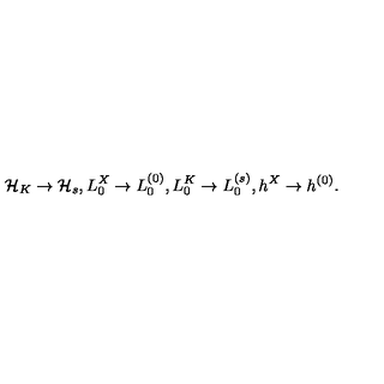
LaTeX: { \cal H } _ { K } \rightarrow { \cal H } _ { s } , L _ { 0 } ^ { X } \rightarrow L _ { 0 } ^ { ( 0 ) } , L _ { 0 } ^ { K } \rightarrow L _ { 0 } ^ { ( s ) } , h ^ { X } \rightarrow h ^ { ( 0 ) } .